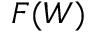
F ( W )